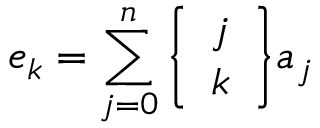
e _ { k } = \sum _ { j = 0 } ^ { n } { \left\{ \begin{array} { l } { j } \\ { k } \end{array} \right\} } a _ { j }